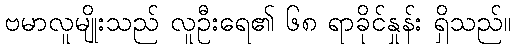
ဗမာလူမျိုးသည် လူဦးရေ၏ ၆၈ ရာခိုင်နှုန်း ရှိသည်။